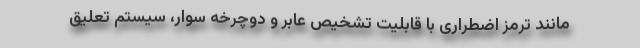
مانند ترمز اضطراری با قابلیت تشخیص عابر و دوچرخه سوار، سیستم تعلیق